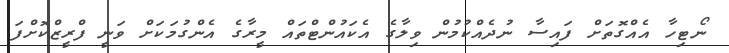
ނޯޓިހާ އެއްގޮތަށް ފައިސާ ނުދެއްކުމުން ވިލާގެ އެކައުންޓްތައް މީރާގެ އެންގުމަކަށް ވަނީ ފްރީޒްކޮށްފަ